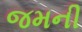
જમની